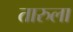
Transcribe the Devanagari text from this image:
तारुला